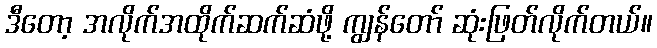
ဒီတော့ အလိုက်အထိုက်ဆက်ဆံဖို့ ကျွန်တော် ဆုံးဖြတ်လိုက်တယ်။